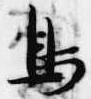
鳥